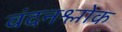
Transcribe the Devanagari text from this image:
वंदनश्लोक